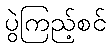
ပွဲကြည့်စင်